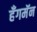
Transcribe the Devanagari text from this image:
हँगमॅन